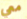
معي